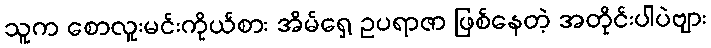
သူက စောလူးမင်းကိုယ်စား အိမ်ရှေ့ ဥပရာဇာ ဖြစ်နေတဲ့ အတိုင်းပါပဲဗျား